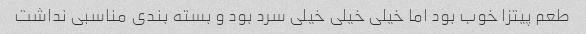
طعم پیتزا خوب بود اما خیلی خیلی خیلی سرد بود و بسته بندی مناسبی نداشت